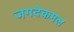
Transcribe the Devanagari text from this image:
जगदेकमल